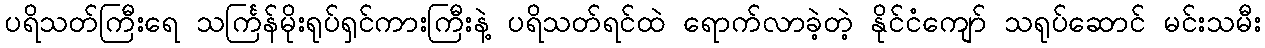
ပရိသတ်ကြီးရေ သင်္ကြန်မိုးရုပ်ရှင်ကားကြီးနဲ့ ပရိသတ်ရင်ထဲ ရောက်လာခဲ့တဲ့ နိုင်ငံကျော် သရုပ်ဆောင် မင်းသမီး